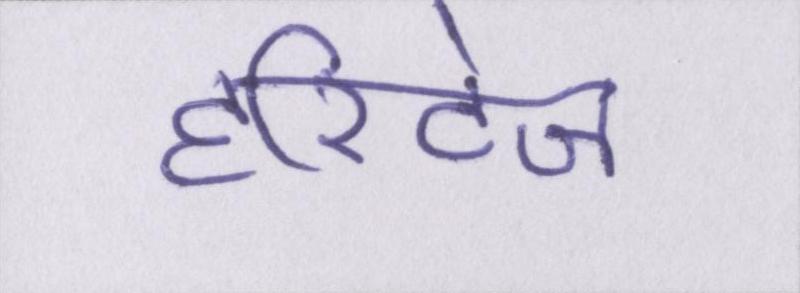
हेरिटेज